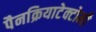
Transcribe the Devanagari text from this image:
पैनक्रियाटेक्टोमी